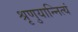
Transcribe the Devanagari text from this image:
श्रृणुयान्नित्यं